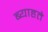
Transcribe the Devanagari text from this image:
ब्याहते